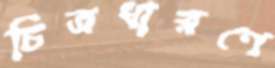
চিত্রধারণে